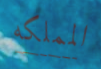
المملكه